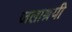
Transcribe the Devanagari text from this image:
जलाश्रयी